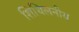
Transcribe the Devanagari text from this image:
शिथिलनीय